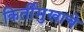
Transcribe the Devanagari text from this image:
किर्तीमुखाचे